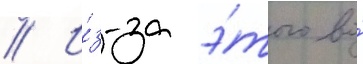
// И́з-за э́того во́